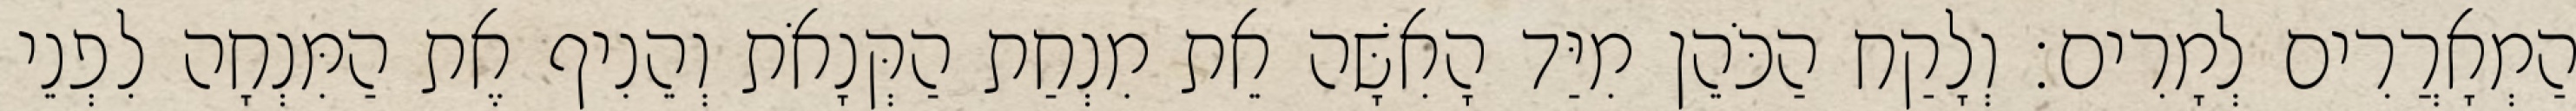
הַמְאָרֲרִים לְמָרִים׃ וְלָקַח הַכֹּהֵן מִיַּד הָאִשָּׁה אֵת מִנְחַת הַקְּנָאֹת וְהֵנִיף אֶת הַמִּנְחָה לִפְנֵי